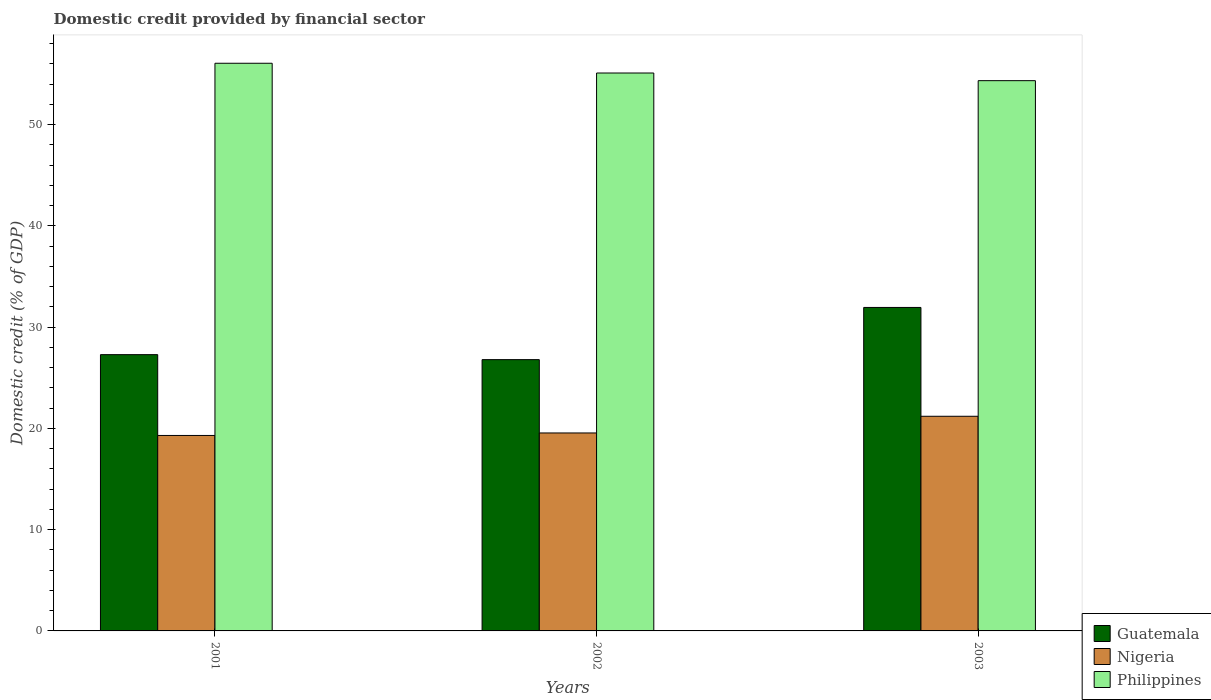
| Years | Guatemala | Nigeria | Philippines |
 | --- | --- | --- | --- |
 | 2001 | 27.3 | 19.3 | 56.1 |
 | 2002 | 26.8 | 19.5 | 55.1 |
 | 2003 | 31.9 | 21.2 | 54.3 |